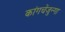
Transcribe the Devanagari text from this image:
कांगचेंजुन्गा